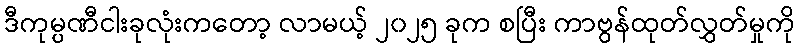
ဒီကုမ္ပဏီငါးခုလုံးကတော့ လာမယ့် ၂၀၂၅ ခုက စပြီး ကာဗွန်ထုတ်လွှတ်မှုကို